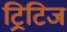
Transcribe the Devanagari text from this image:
ट्रिटिज